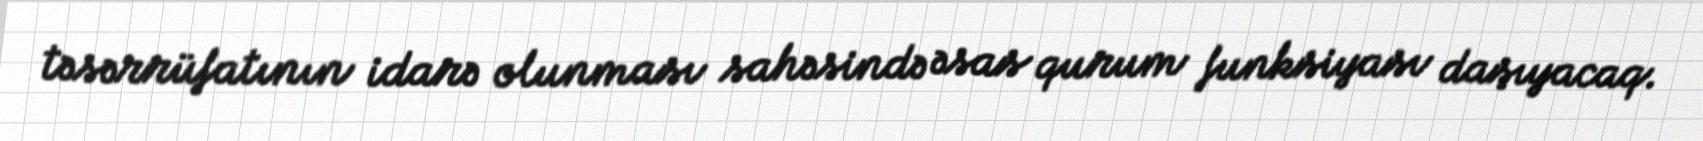
təsərrüfatının idarə olunması sahəsində əsas qurum funksiyası daşıyacaq.